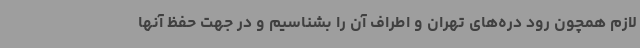
لازم همچون رود دره‌های تهران و اطراف آن را بشناسیم و در جهت حفظ آنها